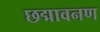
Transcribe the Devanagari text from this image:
छद्मावनण